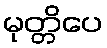
မုတ္တိပေ